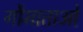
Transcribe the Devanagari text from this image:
गौमाताओं